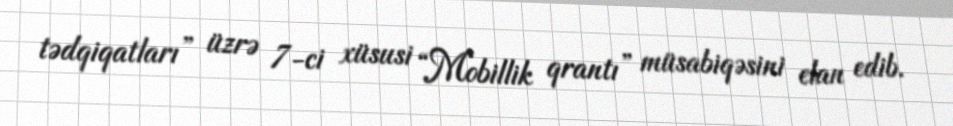
tədqiqatları” üzrə 7-ci xüsusi “Mobillik qrantı” müsabiqəsini elan edib.